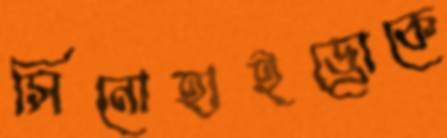
সিনোহাইড্রোকে